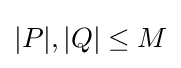
|P|,|Q|\leq M